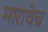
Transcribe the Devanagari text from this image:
मारावेच